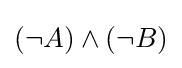
(\neg A)\wedge (\neg B)